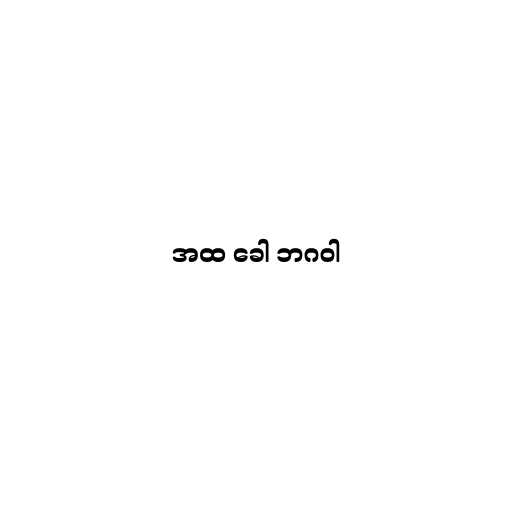
အထ ခေါ ဘဂဝါ